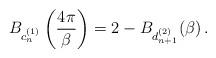
LaTeX: \begin{align*}B_{c_{n}^{(1)}}\left(\frac{4\pi}{\beta}\right)=2-B_{d_{n+1}^{(2)}}(\beta)\,.\end{align*}